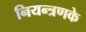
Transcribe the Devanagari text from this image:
नियन्त्रणके